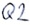
Text: Q2